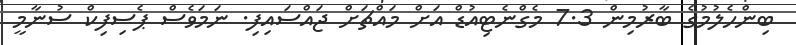
ބިންހެލުމުގެ ބާރުމިން 7.3 މެގްނެޓިއުޑް އަށް މައްޗަށް ޖައްސައިފި. ނަމަވެސް ޕެސިފިކް ސުނާމީ